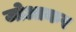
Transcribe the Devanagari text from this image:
जोआकर